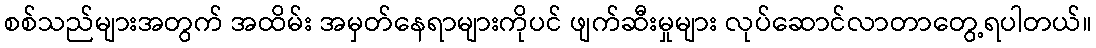
စစ်သည်များအတွက် အထိမ်း အမှတ်နေရာများကိုပင် ဖျက်ဆီးမှုများ လုပ်ဆောင်လာတာတွေ့ရပါတယ်။